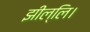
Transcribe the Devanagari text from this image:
झील्‍लि।